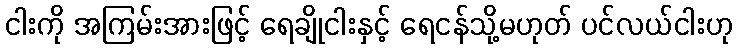
ငါးကို အကြမ်းအားဖြင့် ရေချိုငါးနှင့် ရေငန်သို့မဟုတ် ပင်လယ်ငါးဟု